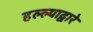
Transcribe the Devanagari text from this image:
हल्ल्याद्वारे